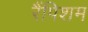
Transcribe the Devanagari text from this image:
रैंपिशम